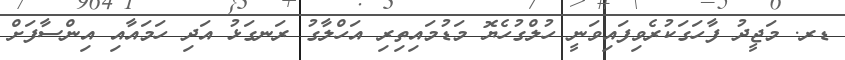
ޑރ. މަޖީދު ފާހަގަކުރެވިފައިވަނީ ހުލްގުހެޔޮ މަޑުމައިތިރި އަހްލާގު ރަނގަޅު އަދި ހަމައާއި އިންސާފަށް